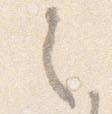
之